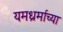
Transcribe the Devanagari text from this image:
यमध्रर्माच्या